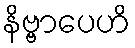
နိဗ္ဗာပေဟိ